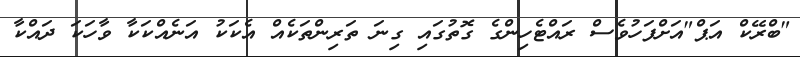
"ބްރޭކް އަޕް"އަށްފަހުވެސް ރައްޓެހިންގެ ގޮތުގައި ގިނަ ތަރިންތަކެއް އެކަކު އަނެއްކަކާ ވާހަކަ ދައްކާ